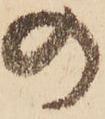
の